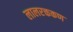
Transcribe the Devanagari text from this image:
लालरक्तकण